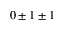
0 \pm 1 \pm 1